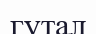
гутал